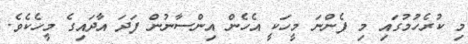
މި ކުރެހުމުގައި މި ފެންނަ މީހަކީ އެހެން އިންސާނުން ފަދަ އާދައިގެ މީހެކެވެ.